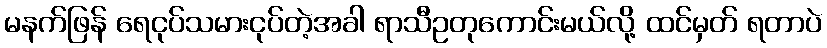
မနက်ဖြန် ရေငုပ်သမားငုပ်တဲ့အခါ ရာသီဥတုကောင်းမယ်လို့ ထင်မှတ် ရတာပဲ